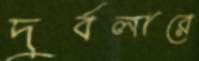
দুর্বলারে